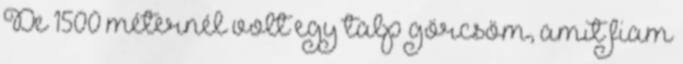
De 1500 méternél volt egy talp görcsöm, amit fiam